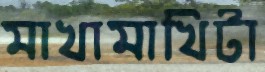
মাখামাখিটা